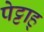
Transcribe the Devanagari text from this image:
पेट्टाह्